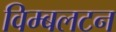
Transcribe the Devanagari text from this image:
विम्‍बलटन